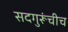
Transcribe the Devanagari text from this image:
सदगुरूंचीच